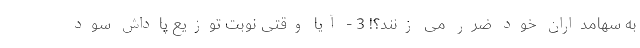
به سهامداران خود ضرر می زنند؟! 3 - آیا وقتی نوبت توزیع پاداش سود